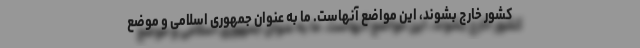
کشور خارج بشوند، این مواضع آنهاست. ما به عنوان جمهوری اسلامی و موضع